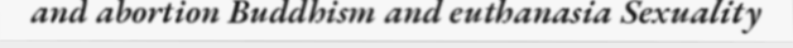
and abortion Buddhism and euthanasia Sexuality